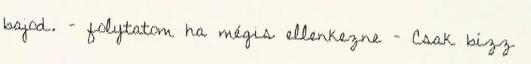
bajod. – folytatom ha mégis ellenkezne – Csak bízz